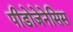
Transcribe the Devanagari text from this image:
पीडोजेनेसिस